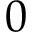
0